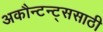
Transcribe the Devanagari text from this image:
अकौन्टन्ट्‌ससाठी